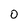
Character: 0